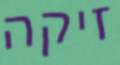
זיקה